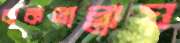
বাকতাল্লায়